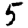
Digit: 5